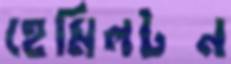
হেমিলটন